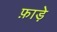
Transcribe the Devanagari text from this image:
फ़ाड़े